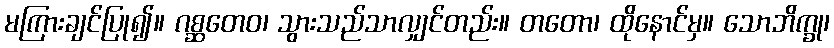
မကြားချင်ပြု၍။ ဂစ္ဆတေဝ၊ သွားသည်သာလျှင်တည်း။ တတော၊ ထိုနောင်မှ။ သောဘိက္ခု၊